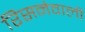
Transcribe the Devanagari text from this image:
रिसनेवाली